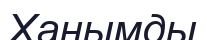
Ханымды